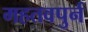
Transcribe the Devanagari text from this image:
महतवपुर्न